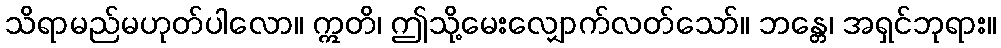
သိရာမည်မဟုတ်ပါလော။ ဣတိ၊ ဤသို့မေးလျှောက်လတ်သော်။ ဘန္တေ၊ အရှင်ဘုရား။